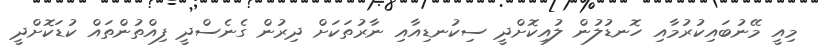
މިއީ މޭނުބައިކުރުމާއި ހޮނޑުލުން ލުއިކޮށްދީ ސިކުނޑިއާއި ނާރުތަކަށް ދިރުން ގެނެސްދީ ފިއްތުންތައް ކުޑަކޮށްދީ